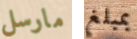
مارسل بمبلغ